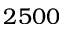
2 5 0 0